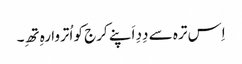
اِس ترہ سے دِدِ اَپنے کرج کو اُتروا رہِ تھِ۔